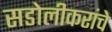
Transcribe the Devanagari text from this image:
सडोलीकरांचे